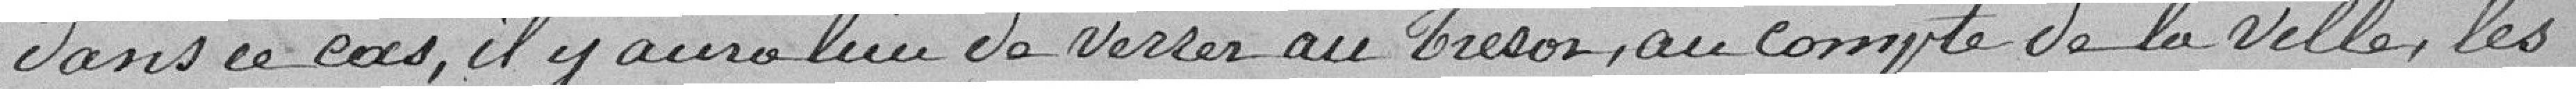
dans ce cas, il y aura lieu de verser au Trésor, au compte de la ville, les